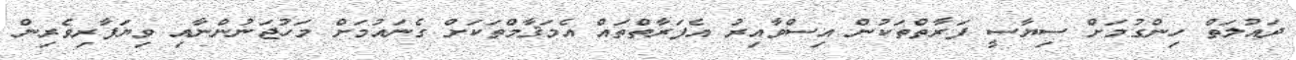
ދައުލަތް ހިންގުމަށް ސިޔާސީ ފަރާތްތަކުން އިސްވާއިރު އެފަރާތްތައް އެމަޤާމްތަކަށް ގެނައުމަށް މަހުޖަނުންނާއި ވިޔަފާރިވެރިން